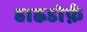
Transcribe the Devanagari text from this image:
हाह्नडोर्फ़